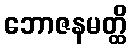
ဘောဇနမတ္ထိ